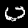
Digit: 0